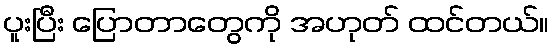
ပူးပြီး ပြောတာတွေကို အဟုတ် ထင်တယ်။